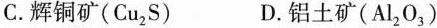
C.辉铜矿(Cu_{2}S) D.铝土矿(Al_{2}O_{3})